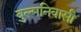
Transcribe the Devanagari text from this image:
बुल्मनिवासी